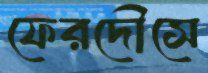
ফেরদৌসে